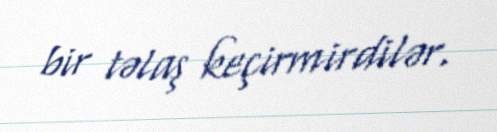
bir təlaş keçirmirdilər.